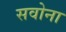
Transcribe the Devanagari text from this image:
सवोना